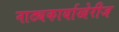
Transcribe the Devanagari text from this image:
नाट्यकार्याखेरीज